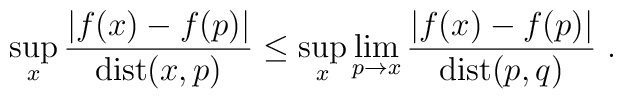
\sup_x \frac{|f(x)-f(p)|}{\mathrm{dist}(x,p)} \leq \sup_x \lim_{p\to x} \frac{|f(x)-f(p)|}{\mathrm{dist}(p,q)} ~.